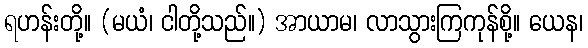
ရဟန်းတို့။ (မယံ၊ ငါတို့သည်။) အာယာမ၊ လာသွားကြကုန်စို့။ ယေန၊